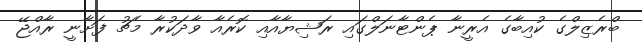
ބްރެޒިލްގެ ކުއިބާގެ އެރީނާ ޕެންޓާނަލްގައި ރަޝިޔާއާއި ކޮރެއާ ވާދަކުރާ މެޗު ފަށާނީ ރާއްޖޭ